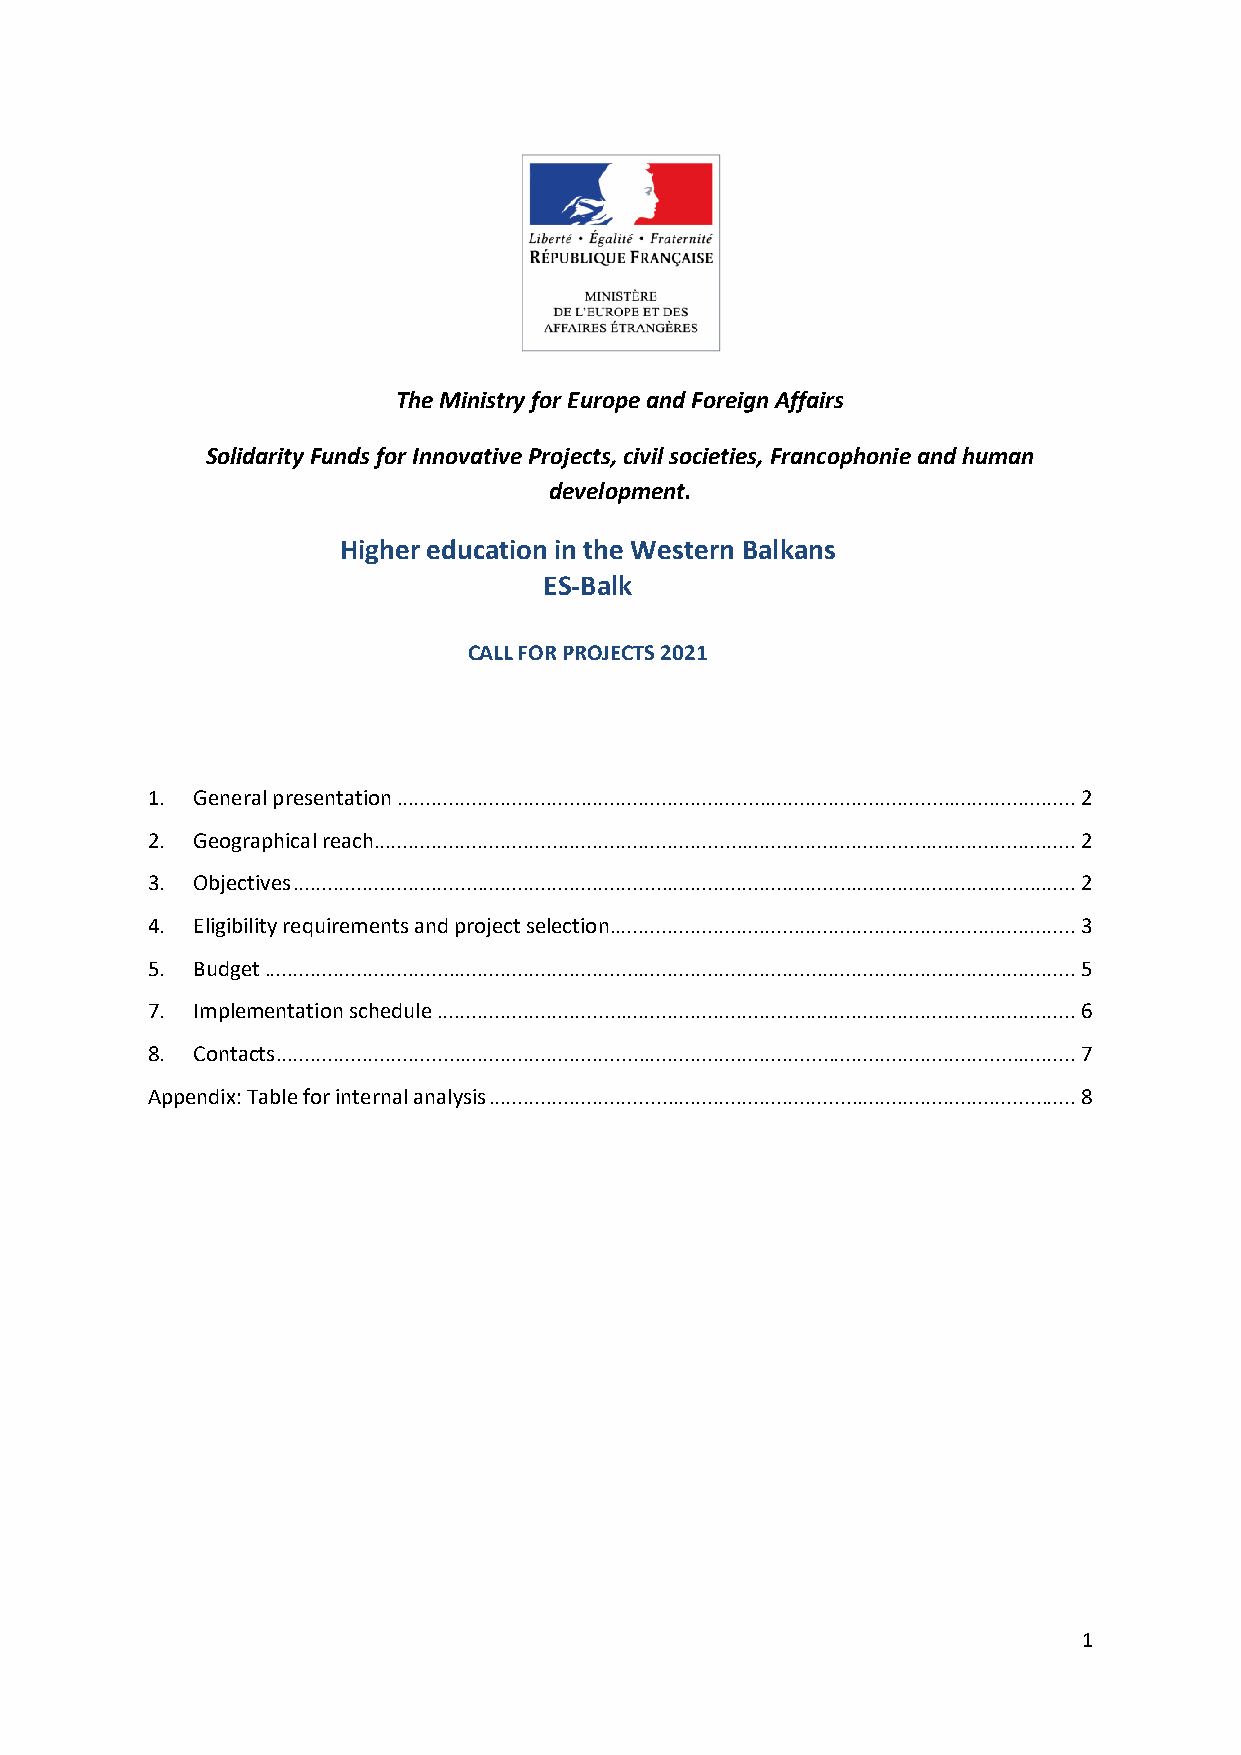
The Ministry for Europe and Foreign Affairs
 Solidarity Funds for Innovative Projects, civil societies, Francophonie and human
 development.
 Higher education in the Western Balkans
 ES-Balk
 CALL FOR PROJECTS 2021
 1. General presentation ...................................................................................................................... 2
 2. Geographical reach .......................................................................................................................... 2
 3. Objectives ........................................................................................................................................ 2
 4. Eligibility requirements and project selection ................................................................................. 3
 5. Budget ............................................................................................................................................. 5
 7. Implementation schedule ............................................................................................................... 6
 8. Contacts ........................................................................................................................................... 7
 Appendix: Table for internal analysis ...................................................................................................... 8
 1